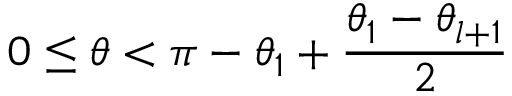
0 \le \theta < \pi - \theta _ { 1 } + \frac { \theta _ { 1 } - \theta _ { l + 1 } } { 2 }